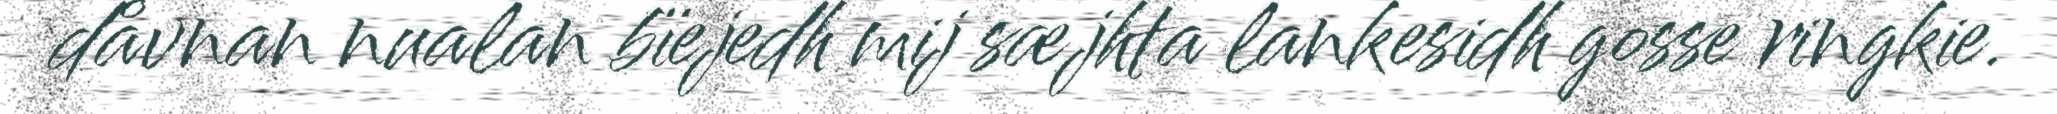
dåvnan nualan bïejedh mij sæjhta lankesidh gosse ringkie.